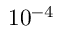
1 0 ^ { - 4 }